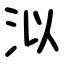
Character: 泤